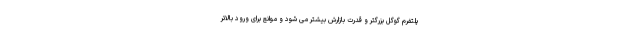
پلتفرم گوگل بزرگتر و قدرت بازارش بیشتر می شود و موانع برای ورود بالاتر